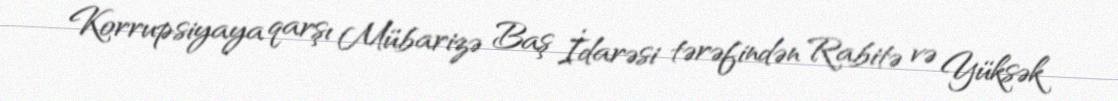
Korrupsiyaya qarşı Mübarizə Baş İdarəsi tərəfindən Rabitə və Yüksək